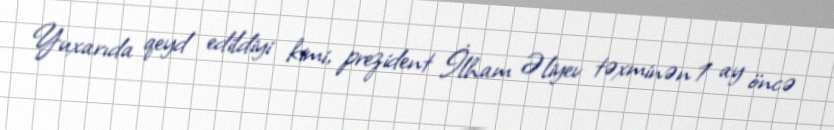
Yuxarıda qeyd edildiyi kimi, prezident İlham Əliyev təxminən 1 ay öncə